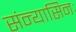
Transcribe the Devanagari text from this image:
संन्यासिनः